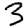
Digit: 3